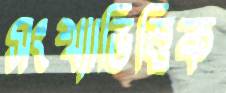
সংখ্যাভিত্তিক